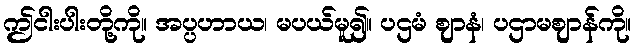
ဤငါးပါးတို့ကို။ အပ္ပဟာယ၊ မပယ်မူ၍။ ပဌမံ ဈာနံ၊ ပဌာမဈာန်ကို။